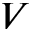
V